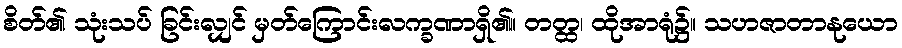
စိတ်၏ သုံးသပ် ခြင်းလျှင် မှတ်ကြောင်းလက္ခဏာရှိ၏။ တတ္ထ၊ ထိုအာရုံ၌။ သဟဇာတာနုယော